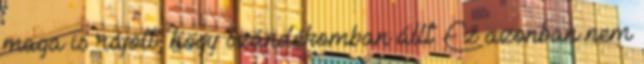
maga is rájött, hogy szándékomban állt. Ez azonban nem